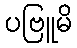
ပဗြူမိ